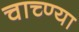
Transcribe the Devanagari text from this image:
चाच्ण्या